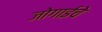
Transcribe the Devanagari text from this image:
जोगाईचे